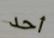
أحد